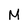
Character: M